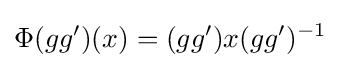
\Phi (gg')(x)=(gg')x(gg')^{-1}